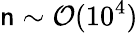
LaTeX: \mathsf{n}\sim\mathcal{{O}}(10^{4})